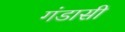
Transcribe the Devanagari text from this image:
गंडासी